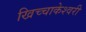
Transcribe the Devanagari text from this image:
खिच्चाकेश्वरी